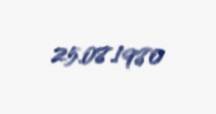
25.08.1980